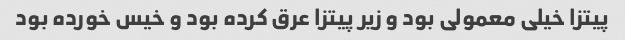
پیتزا خیلی معمولی بود و زیر پیتزا عرق کرده بود و خیس خورده بود